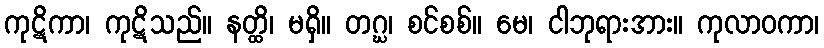
ကုဋိကာ၊ ကုဋိသည်။ နတ္ထိ၊ မရှိ။ တဂ္ဃ၊ စင်စစ်။ မေ၊ ငါဘုရားအား။ ကုလာဝကာ၊